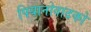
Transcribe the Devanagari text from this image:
पियानोवादकों